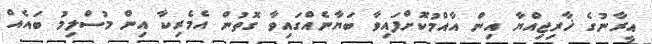
އީރާނުގެ ޚާރިޖިއްޔާ އިން އާއްމުކޮށްފައިވާ ބަޔާނެއްގައިވާ ގޮތުން އެމެރިކާ އިން މުސްލިމު ބައެއް